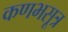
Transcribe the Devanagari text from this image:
कणभसूत्र